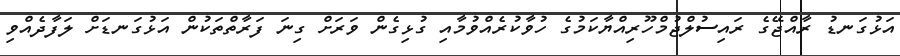
އަޅުގަނޑު ރާއްޖޭގެ ރައިސުލްޖުމްހޫރިއްޔާކަމުގެ ހުވާކުރެއްވުމާއި ގުޅިގެން ވަރަށް ގިނަ ފަރާތްތަކުން އަޅުގަނޑަށް ލަފާދެއްވި